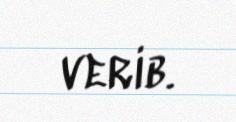
verib.